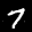
Label: 7